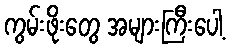
ကွမ်းဖိုးတွေ အများကြီးပေါ့